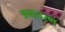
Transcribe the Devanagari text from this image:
अनाचरण